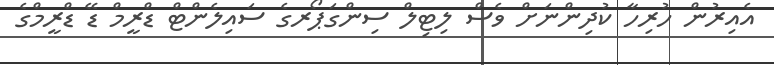
އެއިރުން ހުރިހާ ކުދިންނަށް ވެސް ލިޓިލް ސިންގަޕޯރގެ ސައިލެންޓް ޑްރީމް ޑޭ ޑްރީމްގެ